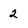
Character: 2